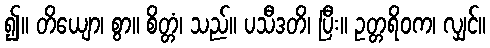
၍။ တိယျော၊ စွာ။ စိတ္တံ၊ သည်။ ပသီဒတိ၊ ပြီး။ ဥတ္တရိဝက၊ လျှင်။